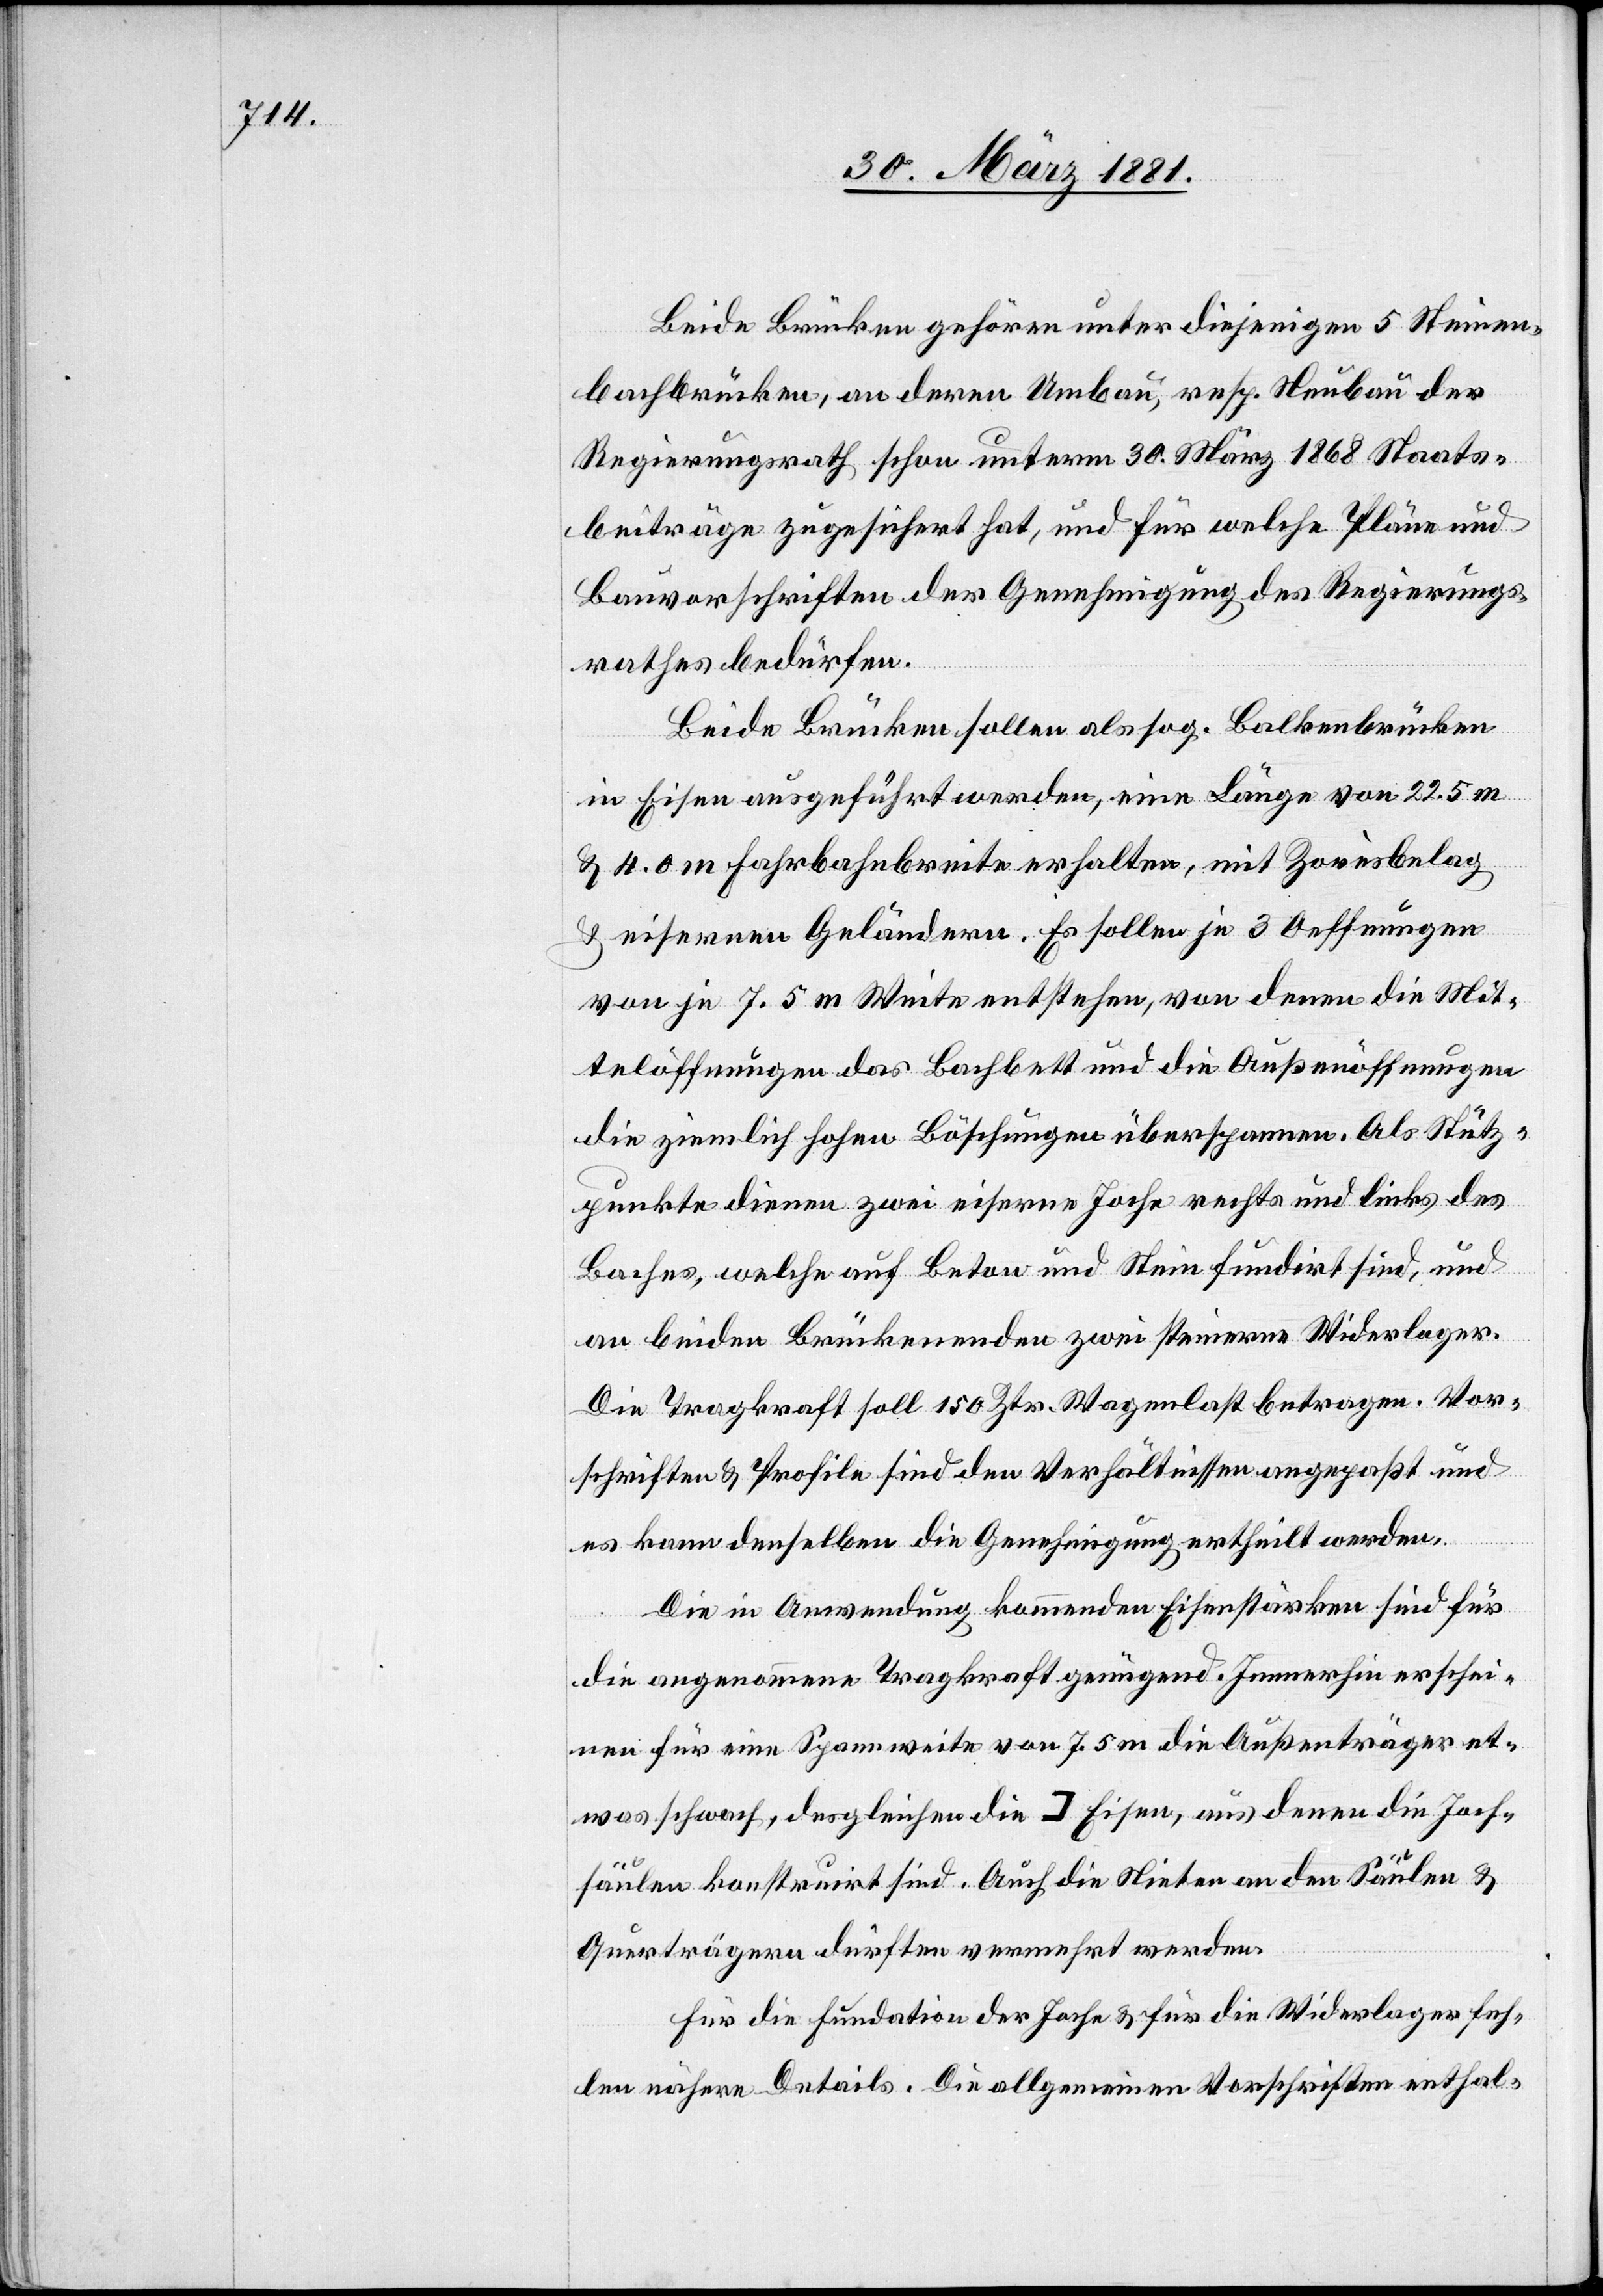
Beide Brücken gehören unter diejenigen 5 Steinen¬
bachbrücken, an deren Umbau, resp. Neubau der
Regierungsrath schon unterm 30. März 1868 Staats¬
beiträge zugesichert hat, und für welche Pläne und
Bauvorschriften der Genehmigung des Regierungs¬
rathes bedürfen.
Beide Brücken sollen als sog. Balkenbrücken
in Eisen ausgeführt werden, eine Länge von 22.5 m
& 4.0 m Fahrbahnbreite erhalten, mit Zorèsbelag
& eisernen Geländern. Es sollen je 3 Oeffnungen
von je 7.5 m Weite entstehen, von denen die Mit¬
telöffnungen das Bachbett und die Außenöffnungen
die ziemlich hohen Böschungen überspannen. Als Stütz¬
punkte dienen zwei eiserne Joche rechts und links des
Baches, welche auf Beton und Stein fundirt sind, und
an beiden Brückenenden zwei steinerne Widerlager.
Die Tragkraft soll 150 Ztr. Wagenlast betragen. Vor¬
schriften & Profile sind den Verhältnissen angepaßt und
es kann denselben die Genehmigung ertheilt werden.
Die in Anwendung kommenden Eisenstärken sind für
die angenommene Tragkraft genügend. Immerhin erschei¬
nen für eine Spannweite von 7.5 m die Außenträger et¬
was schwach, dergleichen die Eisen, aus denen die Joch¬
säulen konstruirt sind. Auch die Nieten an den Säulen &
Querträgern dürften vermehrt werden.
Für die Fundation der Joche & für die Widerlager feh¬
len nähere Details. Die allgemeinen Vorschriften enthal-